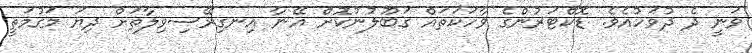
ވަނީ ދެ ދުވަހުއެވެ. ޑޮކްޓަރުންގެ ވާހަކަތައް ގަބޫލުނުކޮށް އޭނާ އިނގިރޭސިވިލާތަށް ދިޔަ މަގުމަތީ